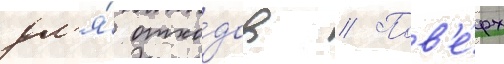
дл'я́ отхо́дов // Пов'е́рх